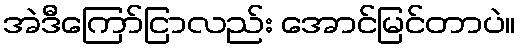
အဲဒီကြော်ငြာလည်း အောင်မြင်တာပဲ။